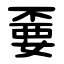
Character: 嫑